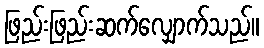
ဖြည်းဖြည်းဆက်လျှောက်သည်။